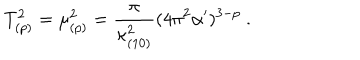
T _ { ( p ) } ^ { 2 } = \mu _ { ( p ) } ^ { 2 } = \frac { \pi } { \kappa _ { ( 1 0 ) } ^ { 2 } } ( 4 \pi ^ { 2 } \alpha ^ { \prime } ) ^ { 3 - p } \ .